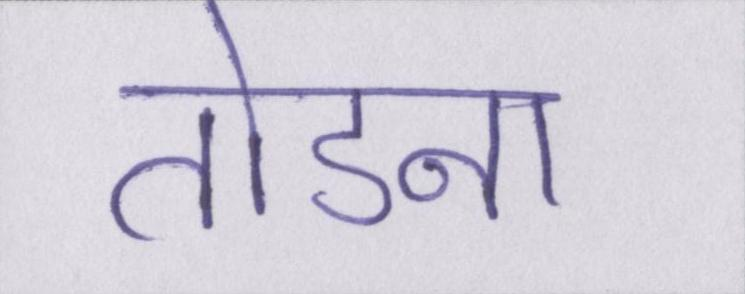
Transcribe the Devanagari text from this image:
तोडना